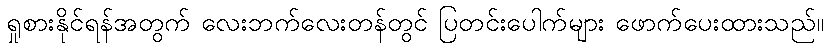
ရှုစားနိုင်ရန်အတွက် လေးဘက်လေးတန်တွင် ပြတင်းပေါက်များ ဖောက်ပေးထားသည်။